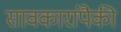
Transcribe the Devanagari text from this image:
सावकारांपैकी